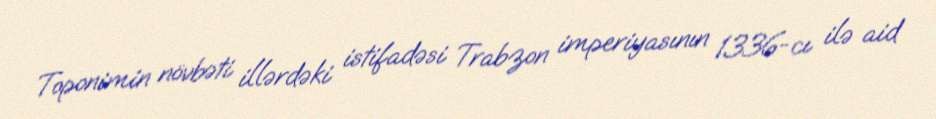
Toponimin növbəti illərdəki istifadəsi Trabzon imperiyasının 1336-cı ilə aid